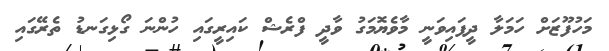
މަހުފޫޒަށް ހަމަލާ ދީފައިވަނީ މާވެޔޮމަގު ވާދީ ފްރެޝް ކައިރީގައި ހުންނަ ގޯޅިގަނޑު ތެރޭގައި